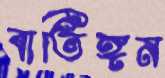
বাতিঙ্গন